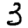
Digit: 3